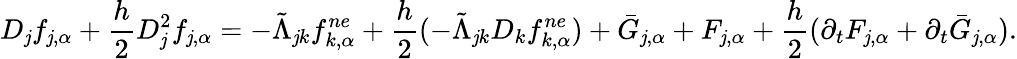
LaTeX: D_{\mathit{j}}f_{\mathit{j},\alpha}+\frac{{h}}{{2}}D_{\mathit{j}}^{2}f_{\mathit{j},\alpha}=-\tilde{{\Lambda}}_{\mathit{j}k}f_{k,\alpha}^{ne}+\frac{{h}}{{2}}(-\tilde{{\Lambda}}_{\mathit{j}k}D_{k}f_{k,\alpha}^{ne})+\bar{{G}}_{\mathit{j},\alpha}+F_{\mathit{j},\alpha}+\frac{{h}}{{2}}(\partial_{t}F_{\mathit{j},\alpha}+\partial_{t}\bar{{G}}_{\mathit{j},\alpha}).